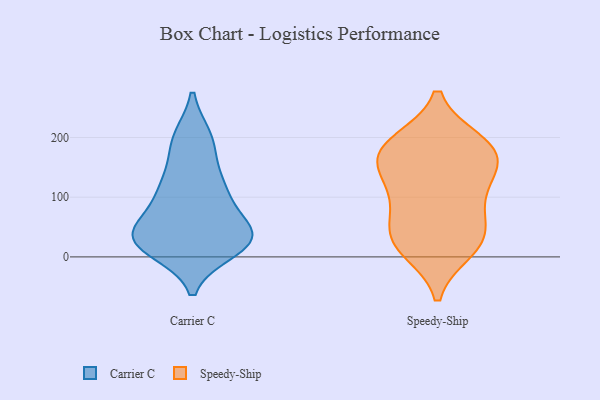
{"axis": {"x": "Page Views", "y": "Value"}, "legend": ["Carrier C", "Speedy-Ship"], "data": [{"x": "", "y": 36, "type": "Carrier C"}, {"x": "", "y": 194, "type": "Carrier C"}, {"x": "", "y": 29, "type": "Carrier C"}, {"x": "", "y": 132, "type": "Carrier C"}, {"x": "", "y": 95, "type": "Carrier C"}, {"x": "", "y": 13, "type": "Carrier C"}, {"x": "", "y": 41, "type": "Carrier C"}, {"x": "", "y": 124, "type": "Carrier C"}, {"x": "", "y": 20, "type": "Carrier C"}, {"x": "", "y": 102, "type": "Carrier C"}, {"x": "", "y": 198, "type": "Carrier C"}, {"x": "", "y": 40, "type": "Carrier C"}, {"x": "", "y": 193, "type": "Carrier C"}, {"x": "", "y": 42, "type": "Carrier C"}, {"x": "", "y": 32, "type": "Carrier C"}, {"x": "", "y": 28, "type": "Carrier C"}, {"x": "", "y": 26, "type": "Carrier C"}, {"x": "", "y": 107, "type": "Carrier C"}, {"x": "", "y": 174, "type": "Speedy-Ship"}, {"x": "", "y": 72, "type": "Speedy-Ship"}, {"x": "", "y": 164, "type": "Speedy-Ship"}, {"x": "", "y": 31, "type": "Speedy-Ship"}, {"x": "", "y": 112, "type": "Speedy-Ship"}, {"x": "", "y": 147, "type": "Speedy-Ship"}, {"x": "", "y": 104, "type": "Speedy-Ship"}, {"x": "", "y": 171, "type": "Speedy-Ship"}, {"x": "", "y": 13, "type": "Speedy-Ship"}, {"x": "", "y": 191, "type": "Speedy-Ship"}, {"x": "", "y": 28, "type": "Speedy-Ship"}, {"x": "", "y": 32, "type": "Speedy-Ship"}, {"x": "", "y": 190, "type": "Speedy-Ship"}]}